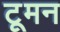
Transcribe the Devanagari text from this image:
टूमन